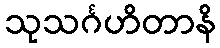
သုသင်္ဂဟိတာနိ